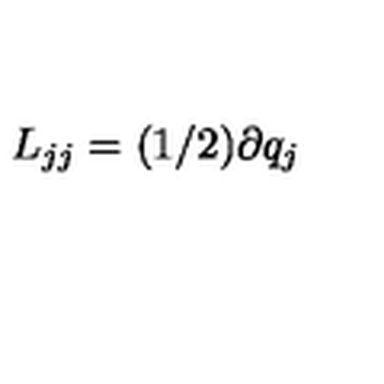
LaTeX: L _ { j j } = ( 1 / 2 ) \partial q _ { j }